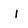
Character: i